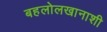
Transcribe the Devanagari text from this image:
बहलोलखानाशी